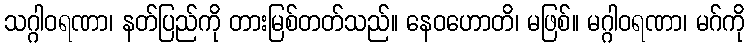
သဂ္ဂါဝရဏာ၊ နတ်ပြည်ကို တားမြစ်တတ်သည်။ နေဝဟောတိ၊ မဖြစ်။ မဂ္ဂါဝရဏာ၊ မဂ်ကို